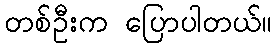
တစ်ဦးက ပြောပါတယ်။